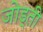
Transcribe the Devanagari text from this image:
जोड़्ती